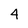
Character: 4